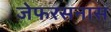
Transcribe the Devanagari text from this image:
जेफरसनास